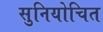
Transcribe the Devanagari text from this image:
सुनियोचित